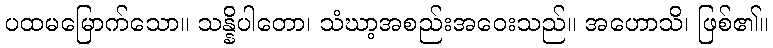
ပထမမြောက်သော။ သန္နိပါတော၊ သံဃာ့အစည်းအဝေးသည်။ အဟောသိ၊ ဖြစ်၏။